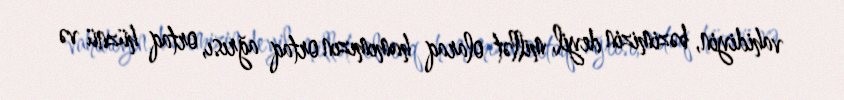
vahidiyin, bəzimizin deyil, millət olaraq hamımızın ortaq ağrısı, ortaq hüznü və